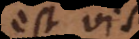
est vis